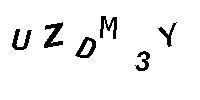
UZDM3Y